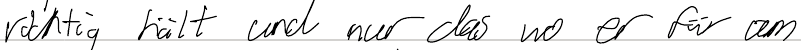
richtig hält und nur das wo er für am